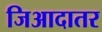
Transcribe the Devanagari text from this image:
जिआदातर